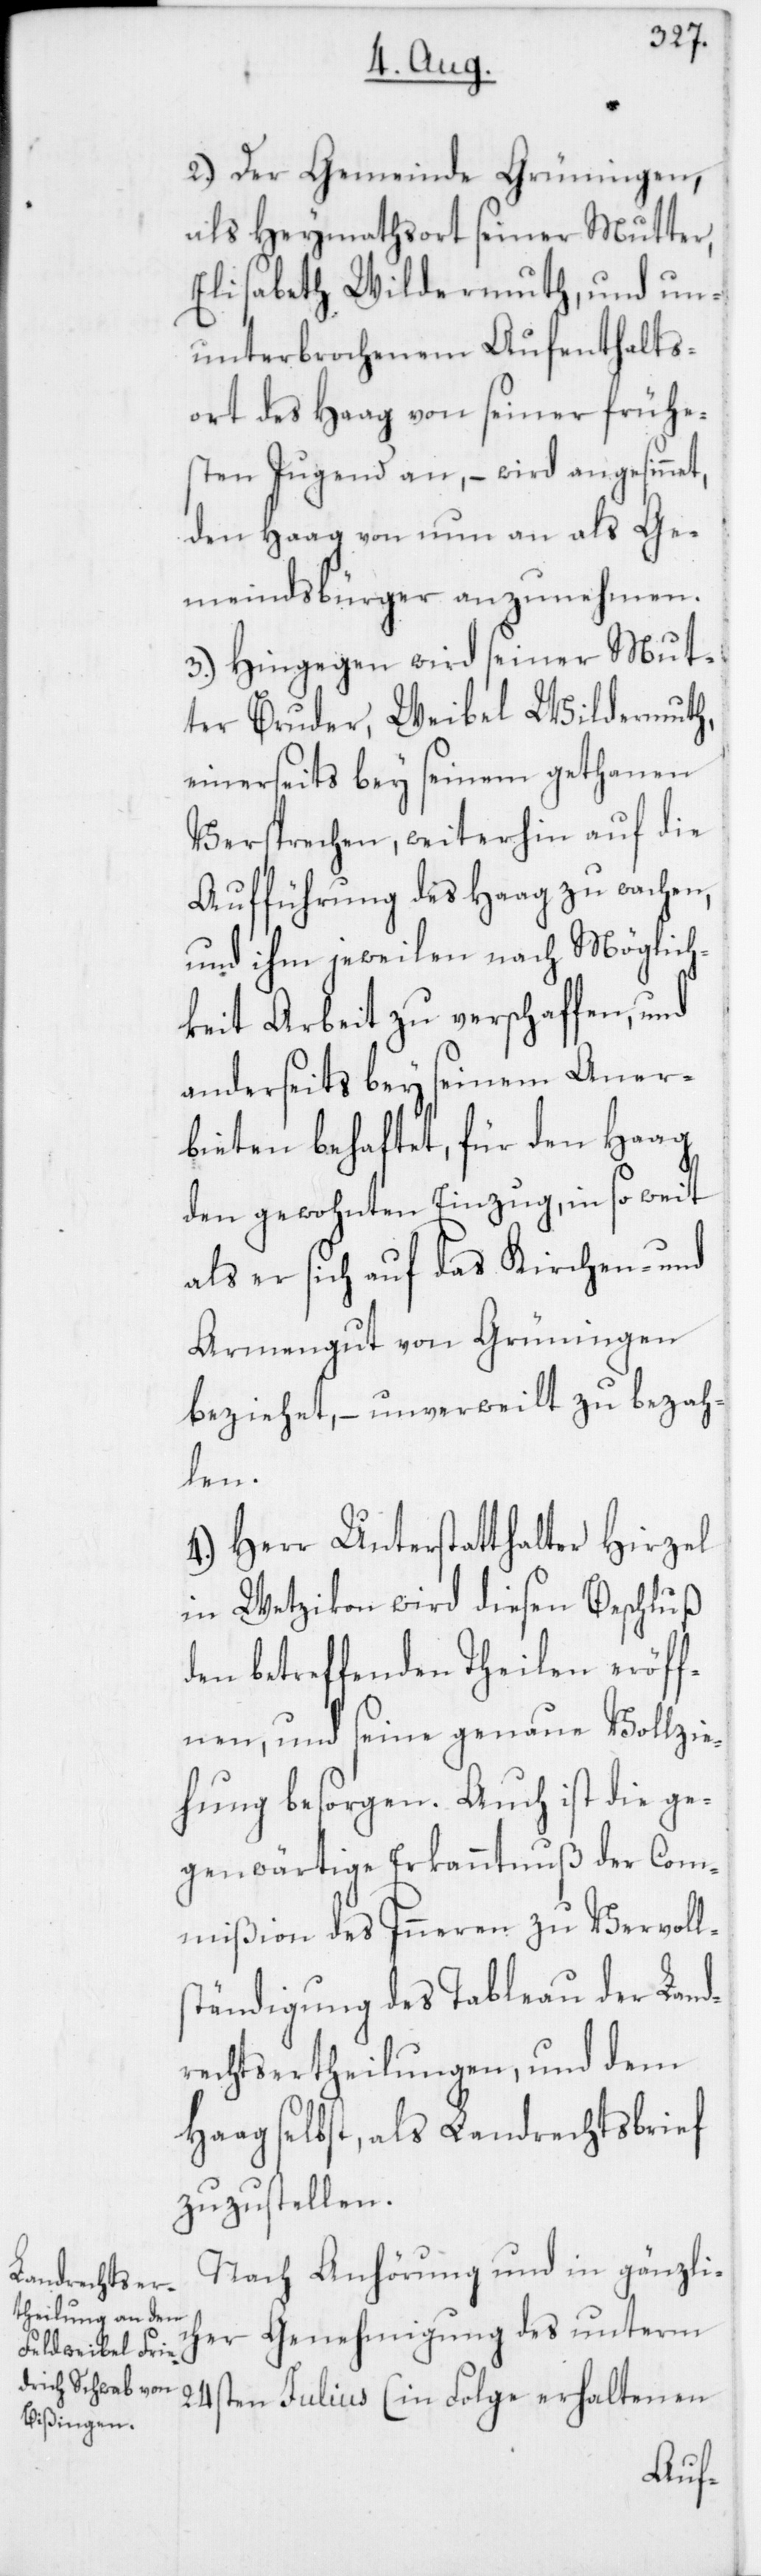
2. Der Gemeinde Grüningen,
als Heymathsort seiner Mutter
Elisabeth Wildermuth, und un¬
unterbrochenen Aufenthalts¬
ort des Haag von seiner frühe¬
sten Jugend an, – wird angesinnet,
den Haag von nun an als Ge¬
meindsbürger anzunehmen.
3. Hingegen wird seiner Mut¬
ter Bruder, Weibel Wildermuth,
einerseits bey seinem gethanen
Versprechen, weiterhin auf die
Aufführung des Haag zu wachen,
und ihm jeweilen nach Möglich¬
keit Arbeit zu verschaffen, und
anderseits bey seinem Aner¬
bieten behaftet, für den Haag
den gewohnten Einzug, in so weit
als er sich auf das Kirchen- und
Armengut von Grüningen
beziehet, – unverweilt zu bezah¬
len.
4. Herr Unterstatthalter Hirzel
in Wetzikon wird diesen Beschluß
den betreffenden Theilen eröff¬
nen und seine genaue Vollzie¬
hung besorgen. Auch ist die ge¬
genwärtige Erkanntnuß der Com¬
mißion des Inneren zu Vervoll¬
ständigung des Tableau der Land¬
rechtsertheilungen und dem
Haag selbst, als Landrechtsbrief
zuzustellen.
Nach Anhörung und in gänzlic¬
her Genehmigung des unterm
24sten Julius (in Folge erhaltenen